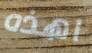
اهذه